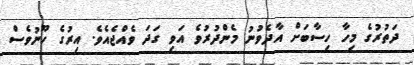
ދަތުރުގެ މިހާ ހިސާބަށް އާދެވުނު މެންދުރުވެ އަވި ގަދަ ވެއްޖެއެވެ. އިރުގެ ހޫނުވެސް